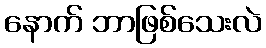
နောက် ဘာဖြစ်သေးလဲ